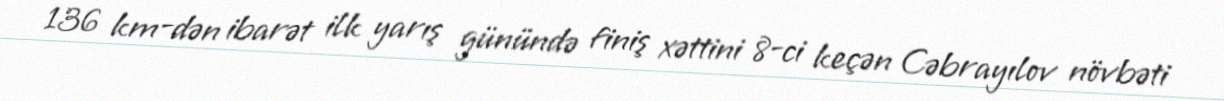
136 km-dən ibarət ilk yarış günündə finiş xəttini 8-ci keçən Cəbrayılov növbəti